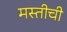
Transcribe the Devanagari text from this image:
मस्तीची